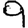
Digit: 9